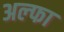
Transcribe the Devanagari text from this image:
अल्‍फा